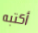
أكتبه